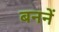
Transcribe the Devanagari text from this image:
बननें